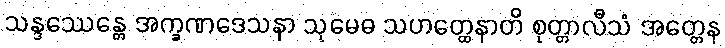
သန္ဒဿေန္တေ အက္ခဏဒေသနာ သုမေဓ သဟတ္ထေနာတိ စုတ္တာလီသံ အတ္တေန